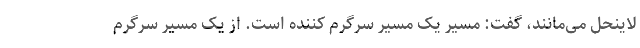
لاینحل می‌مانند، گفت: مسیر یک مسیر سرگرم کننده است. از یک مسیر سرگرم